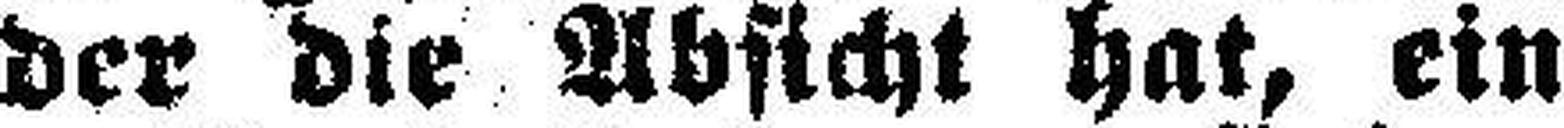
der die Absicht hat, ein